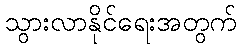
သွားလာနိုင်ရေးအတွက်